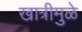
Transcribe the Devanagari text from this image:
खात्रीमुळे